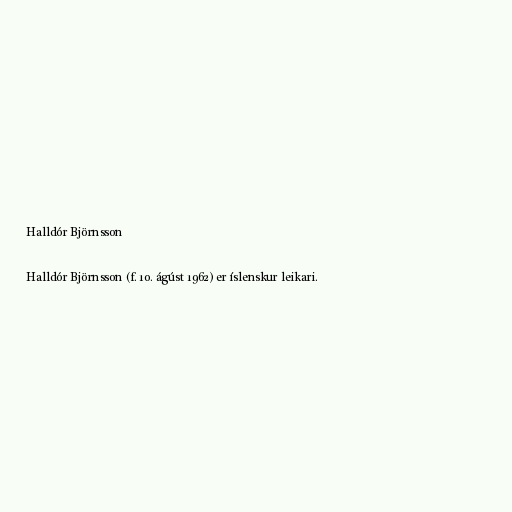
Halldór Björnsson

Halldór Björnsson (f. 10. ágúst 1962) er íslenskur leikari.